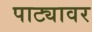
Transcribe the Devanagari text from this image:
पाट्यावर